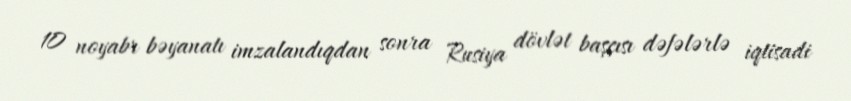
10 noyabr bəyanatı imzalandıqdan sonra Rusiya dövlət başçısı dəfələrlə iqtisadi